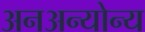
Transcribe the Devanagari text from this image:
अनअन्‍योन्‍य